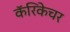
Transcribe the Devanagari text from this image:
कॅरिकेचर